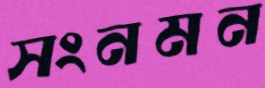
সংনমন